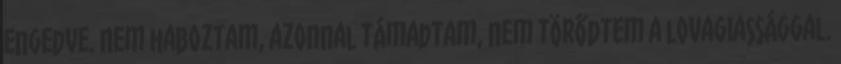
engedve. Nem haboztam, azonnal támadtam, nem törődtem a lovagiassággal.